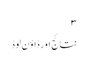
۳
نتائج اور ڈاؤن لوڈ